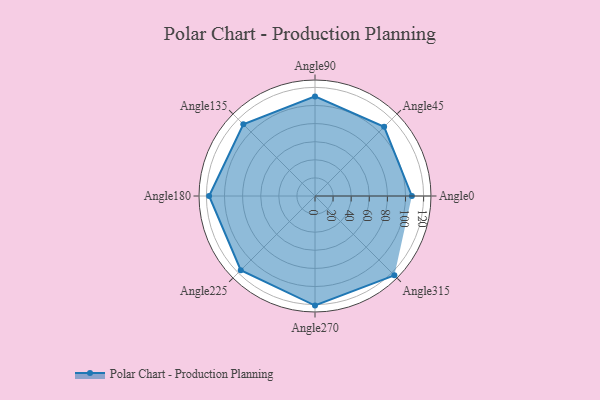
{"axis": {"x": "Angle", "y": "Radius"}, "legend": [""], "data": [{"x": "Angle0", "y": 107.0, "type": ""}, {"x": "Angle45", "y": 108.0, "type": ""}, {"x": "Angle90", "y": 110.0, "type": ""}, {"x": "Angle135", "y": 112.0, "type": ""}, {"x": "Angle180", "y": 117.0, "type": ""}, {"x": "Angle225", "y": 116.0, "type": ""}, {"x": "Angle270", "y": 121.0, "type": ""}, {"x": "Angle315", "y": 124.0, "type": ""}]}